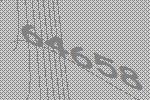
64658